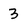
Character: 3